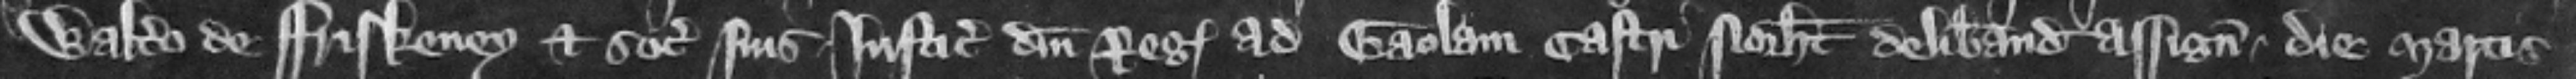
Waltero de Friskeney et sociis suis iusticiariis domini regis ad gaolam castri Norhamton deliberandam assignatis die Martis